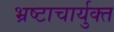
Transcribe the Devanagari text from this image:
भ्रष्टाचार्युक्त